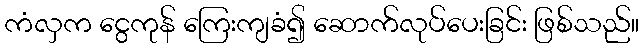
ကံလှက ငွေကုန် ကြေးကျခံ၍ ဆောက်လုပ်ပေးခြင်း ဖြစ်သည်။